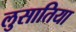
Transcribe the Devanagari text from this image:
लुसातिया